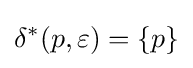
\delta ^{*}(p,\varepsilon )=\{p\}